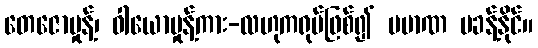
တေဇောမှုန့်၊ ဝါယောမှုန့်ကား-လဟုကရုပ်ဖြစ်၍ ပမာဏ မခန့်နိုင်။